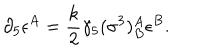
\partial _ { 5 } \epsilon ^ { A } = \frac { k } { 2 } \gamma _ { 5 } ( \sigma ^ { 3 } ) _ { B } ^ { A } \epsilon ^ { B } .